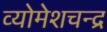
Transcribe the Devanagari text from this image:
व्योमेशचन्द्र